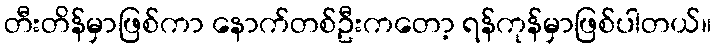
တီးတိန်မှာဖြစ်ကာ နောက်တစ်ဦးကတော့ ရန်ကုန်မှာဖြစ်ပါတယ်။